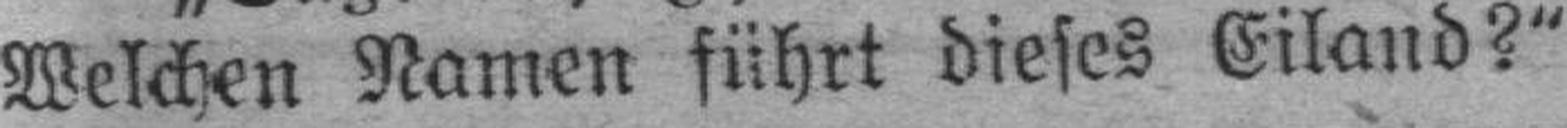
Welchen Namen führt dieses Eiland?“